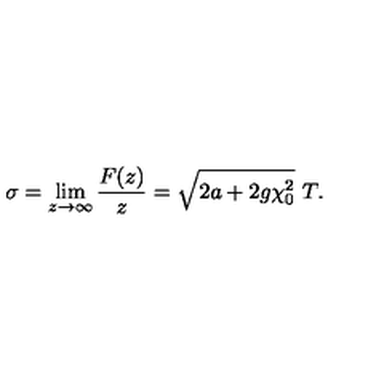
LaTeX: \sigma = \lim _ { z \rightarrow \infty } \frac { F ( z ) } { z } = \sqrt { 2 a + 2 g \chi _ { 0 } ^ { 2 } } \ T .